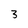
Character: 3